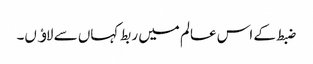
ضبط کے اس عالم میں ربط کہاں سے لاﺅں۔